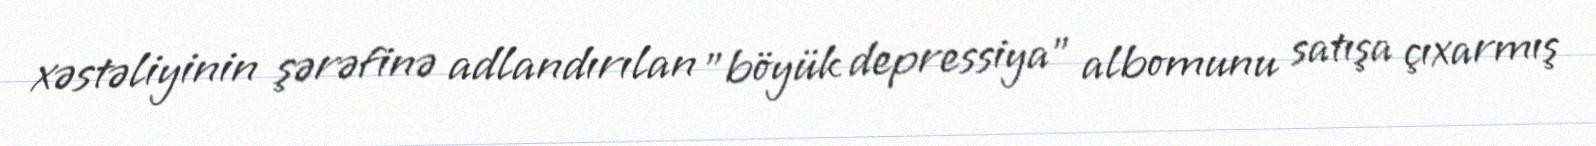
xəstəliyinin şərəfinə adlandırılan "böyük depressiya" albomunu satışa çıxarmış